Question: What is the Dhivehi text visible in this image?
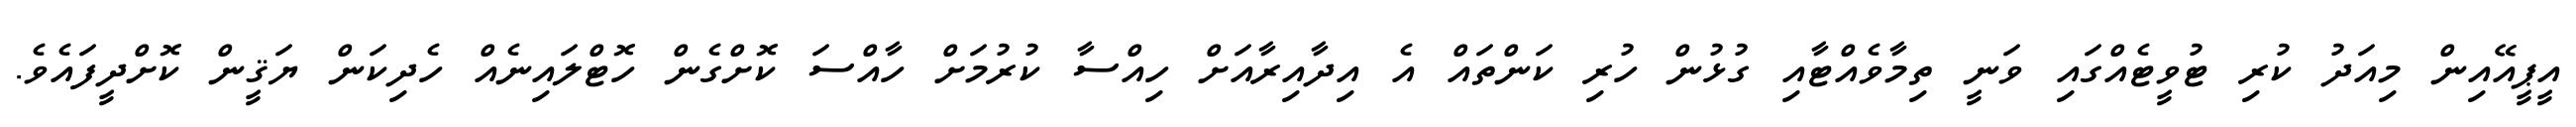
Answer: އީޕީއޭއިން މިއަދު ކުރި ޓުވީޓެއްގައި ވަނީ ތިމާވެއްޓާއި ގުޅުން ހުރި ކަންތައް އެ އިދާއިރާއަށް ހިއްސާ ކުރުމަށް ހާއްސަ ކޮށްގެން ހޮޓްލައިނެއް ހެދިކަން ޔަޤީން ކޮށްދީފައެވެ.